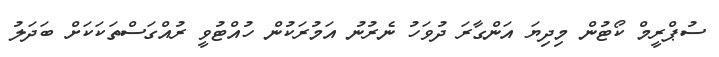
ސުޕްރީމް ކޯޓުން މިދިޔަ އަންގާރަ ދުވަހު ނެރުނު އަމުރަކުން ހުއްޓުވީ ރުއްގަސްތަކަކަށް ބަދަލު